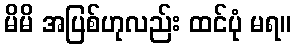
မိမိ အပြစ်ဟုလည်း ထင်ပုံ မရ။